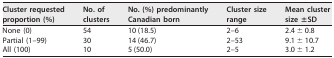
<table><thead><tr><td><b>Cluster requested proportion (%)</b></td><td><b>No. of clusters</b></td><td><b>No. (%) predominantly Canadian born</b></td><td><b>Cluster size range</b></td><td><b>Mean cluster size ±SD</b></td></tr></thead><tbody><tr><td>None (0)</td><td>54</td><td>10 (18.5)</td><td>2–6</td><td>2.4 ± 0.8</td></tr><tr><td>Partial (1–99)</td><td>30</td><td>14 (46.7)</td><td>2–53</td><td>9.1 ± 10.7</td></tr><tr><td>All (100)</td><td>10</td><td>5 (50.0)</td><td>2–5</td><td>3.0 ± 1.2</td></tr></tbody></table>